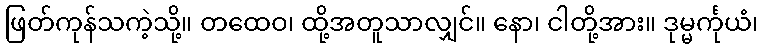
ဖြတ်ကုန်သကဲ့သို့။ တထေဝ၊ ထို့အတူသာလျှင်။ နော၊ ငါတို့အား။ ဒုမ္မင်္ကုယံ၊